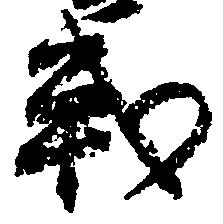
戦